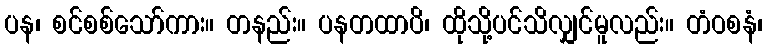
ပန၊ စင်စစ်သော်ကား။ တနည်း။ ပနတထာပိ၊ ထိုသို့ပင်သိလျှင်မူလည်း။ တံဝစနံ၊